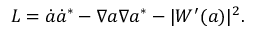
{ \cal L } = \dot { a } \dot { a } ^ { \ast } - \nabla a \nabla a ^ { \ast } - | W ^ { \prime } ( a ) | ^ { 2 } .